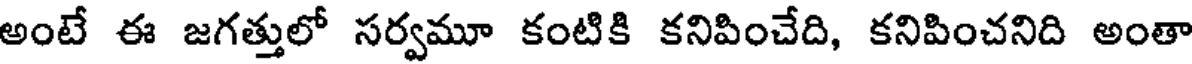
అంటే ఈ జగత్తులో సర్వమూ కంటికి కనిపించేది, కనిపించనిది అంతా